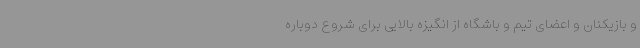
و بازیکنان و اعضای تیم و باشگاه از انگیزه بالایی برای شروع دوباره